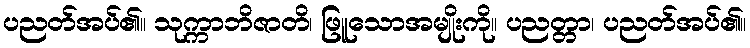
ပညတ်အပ်၏။ သုက္ကာဘိဇာတိ၊ ဖြူသောအမျိုးကို။ ပညတ္တာ၊ ပညတ်အပ်၏။